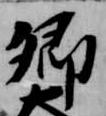
卿